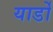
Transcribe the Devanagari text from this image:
यार्डों